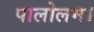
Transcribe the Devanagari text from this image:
पालोलम।